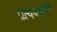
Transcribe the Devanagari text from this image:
प्रत्यपसारी